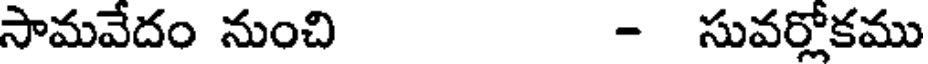
సామవేదం నుంచి - సువర్లోకము